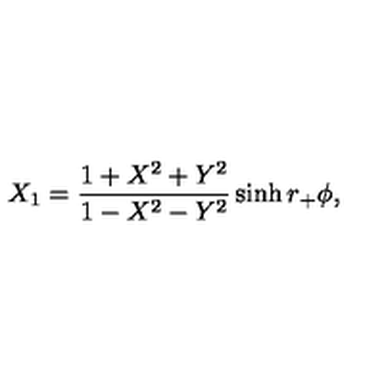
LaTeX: X _ { 1 } = { \frac { 1 + X ^ { 2 } + Y ^ { 2 } } { 1 - X ^ { 2 } - Y ^ { 2 } } } \sinh r _ { + } \phi ,